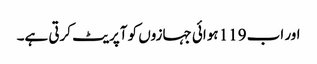
اور اب 119 ہوائی جہازوں کو آپریٹ کرتی ہے۔